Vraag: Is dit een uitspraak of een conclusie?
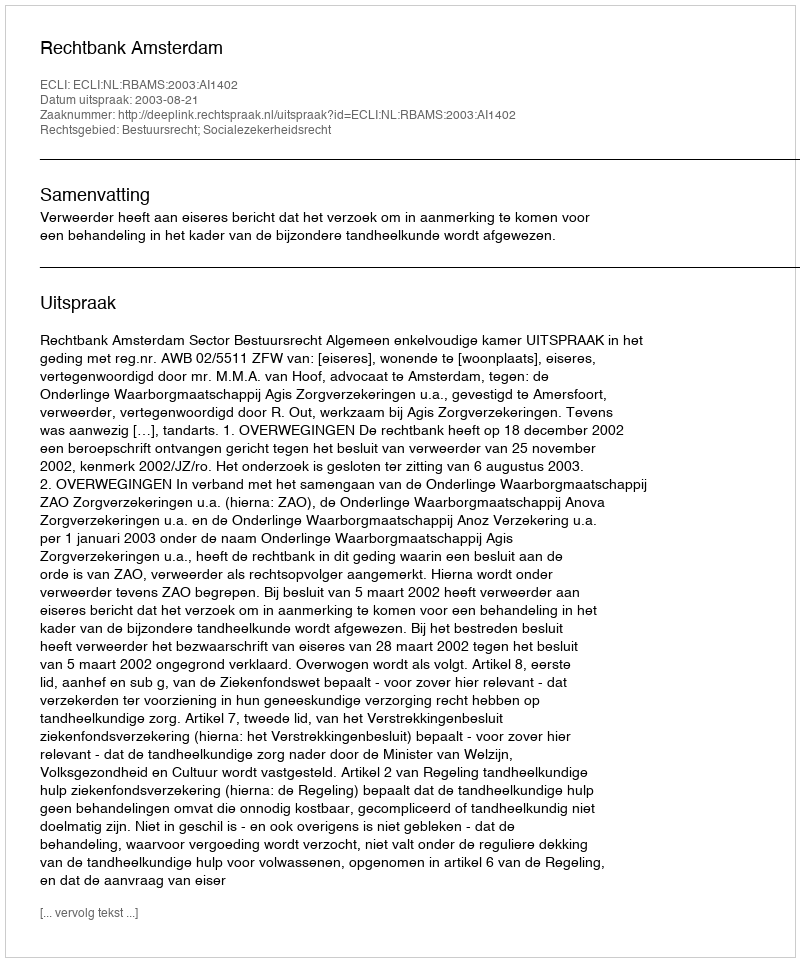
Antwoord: Uitspraak